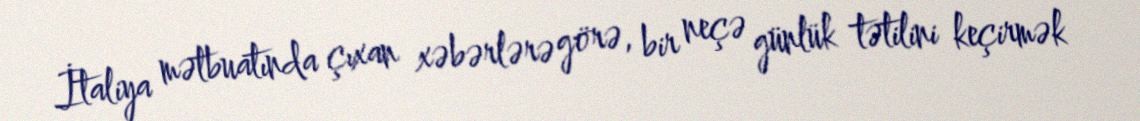
İtaliya mətbuatında çıxan xəbərlərə görə, bir neçə günlük tətilini keçirmək